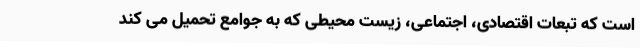
است که تبعات اقتصادی، اجتماعی، زیست محیطی که به جوامع تحمیل می کند